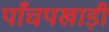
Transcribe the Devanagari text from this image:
पाँचपखाड़ी